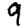
Digit: 9